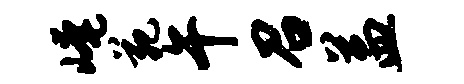
崦苑午召益